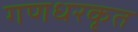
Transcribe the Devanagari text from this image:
गणधरकृत